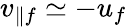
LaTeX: v_{\parallel f}\simeq-u_{f}